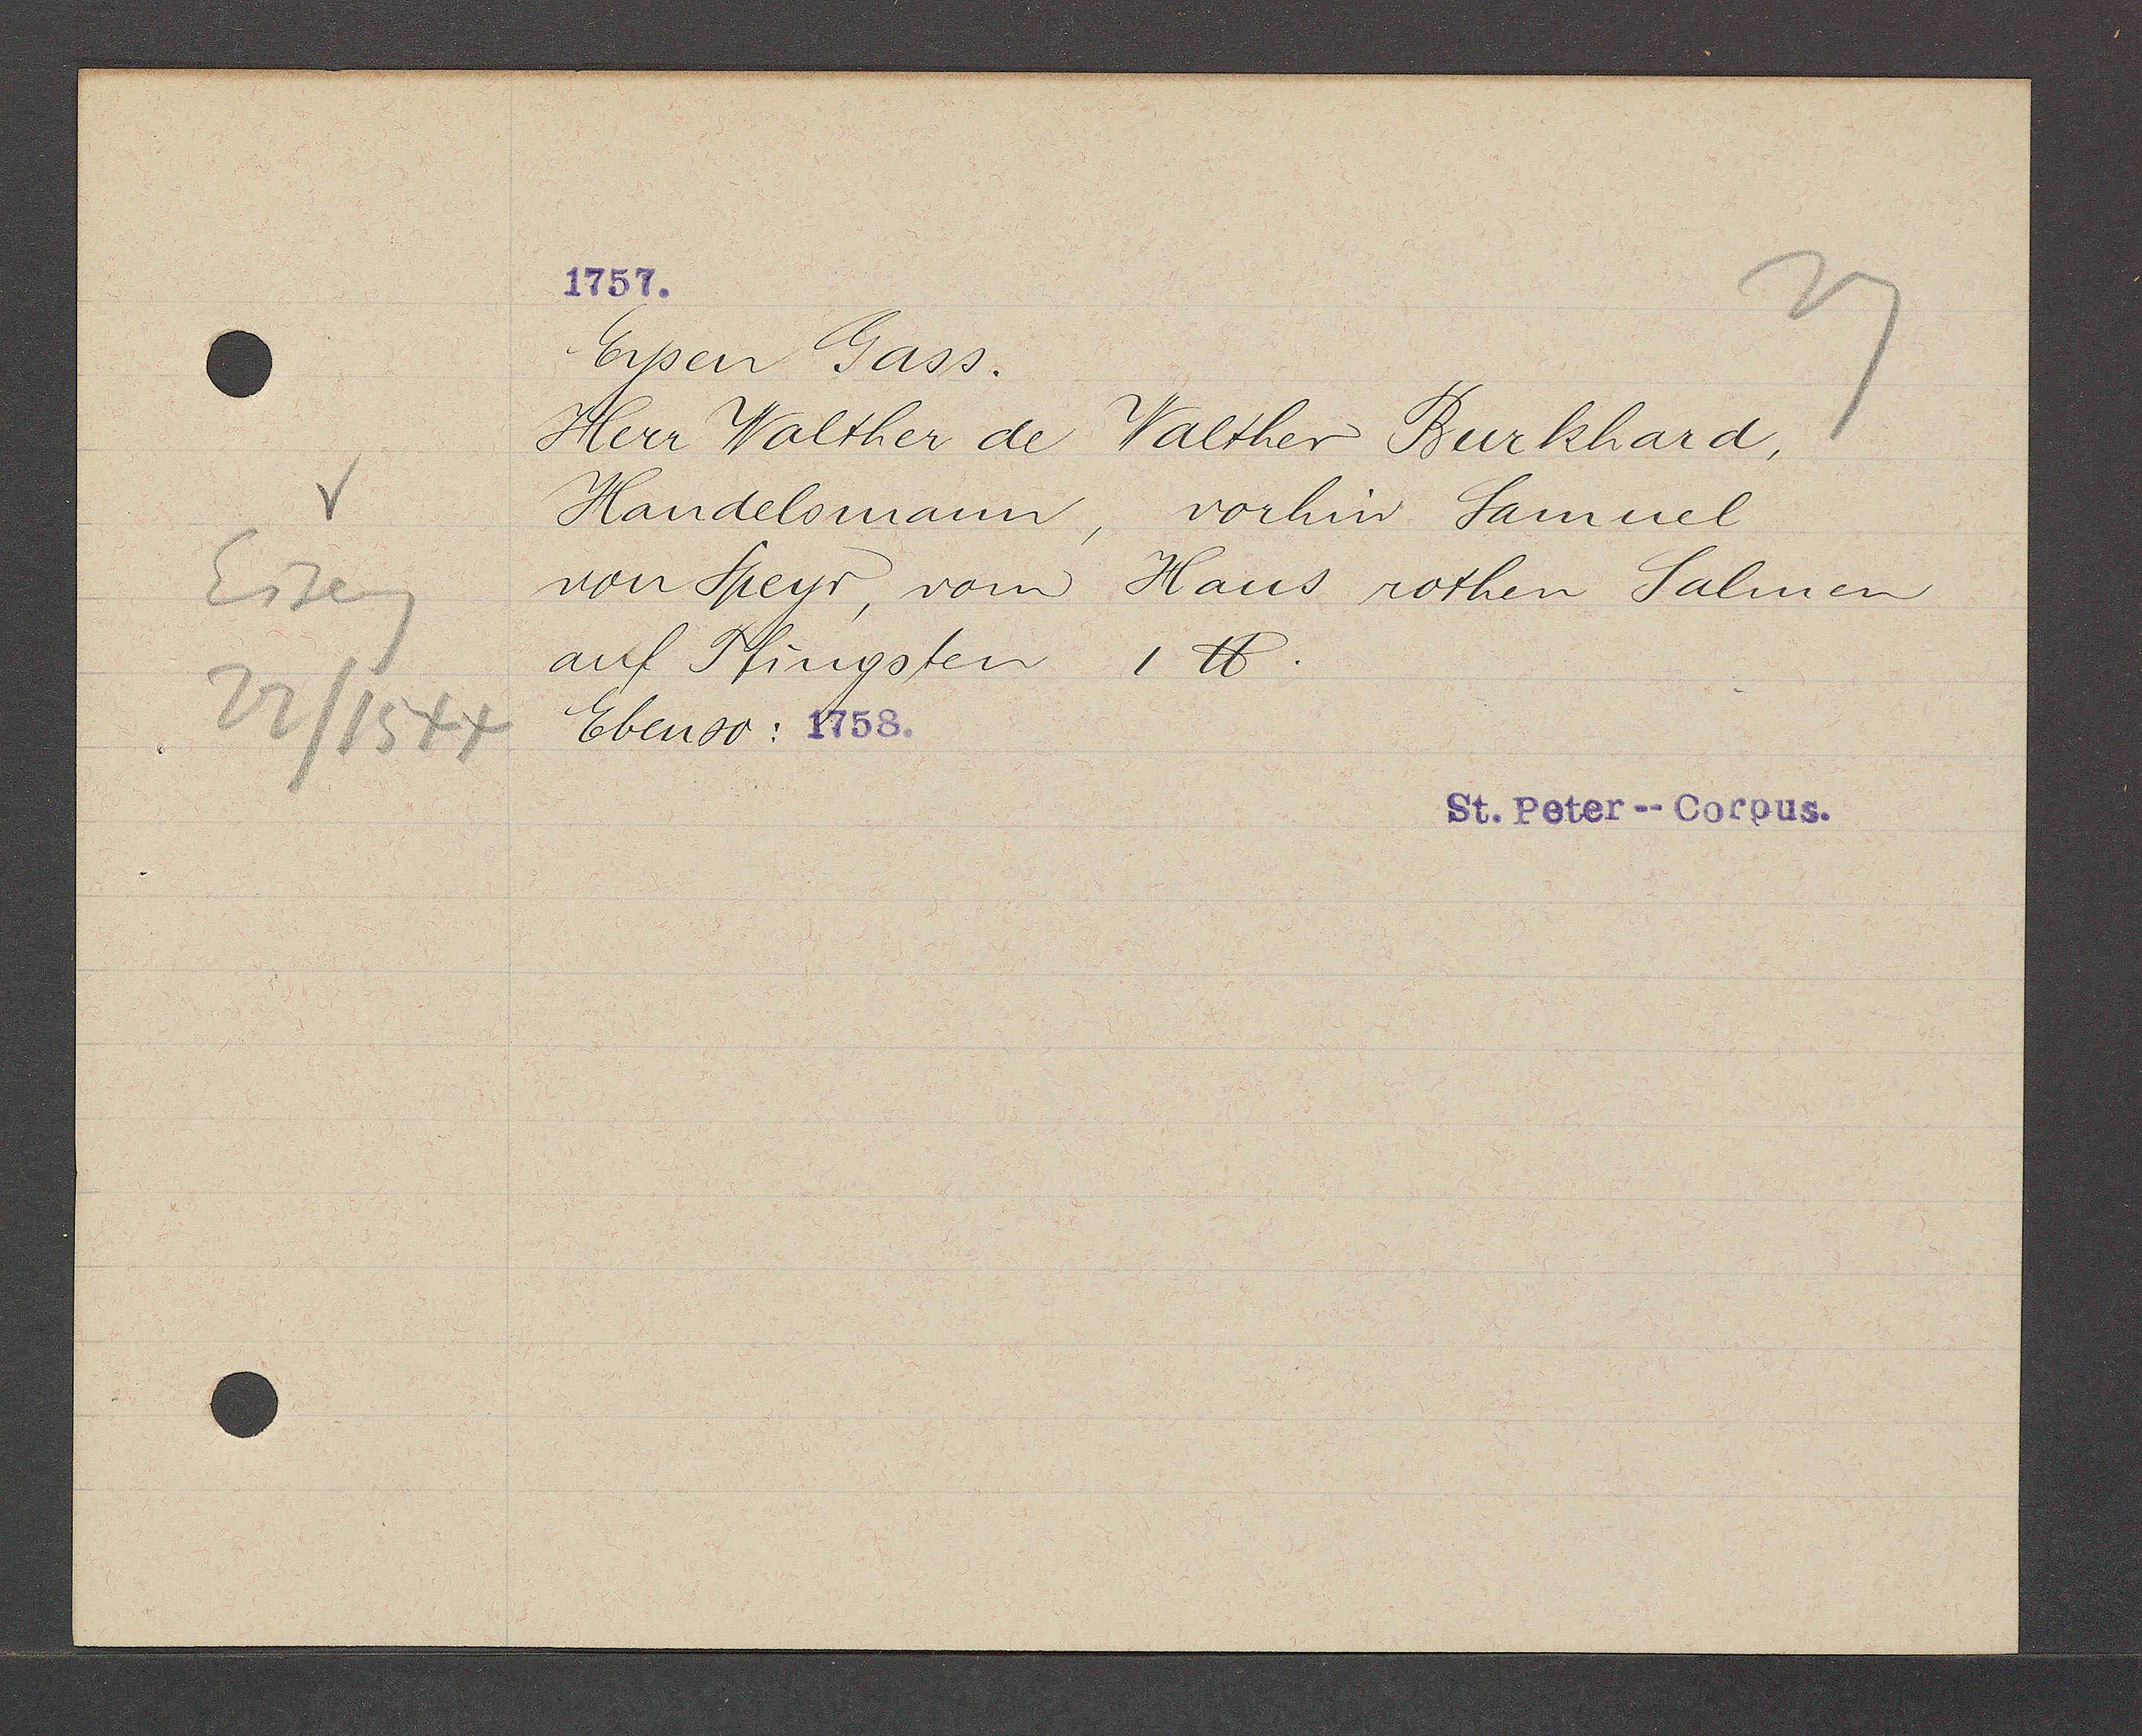
Transcript:
Eiseng
22/1544

Eysen Gass.
Herr Walther de Walther Burkhard,
Handelsmann, vorhin Samuel
von Speyr, vom Haus rothen Salmen
auf Pfingsten 1 ℔.
Ebenso: